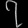
Digit: ၇